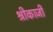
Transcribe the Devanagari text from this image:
श्रीकाजी